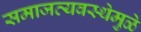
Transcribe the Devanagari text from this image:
समाजव्यवस्थेमुळे